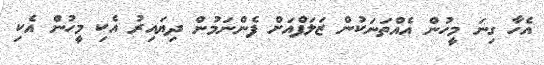
އެހާ ގިނަ މީހުން އެއްތަނަކުން ޒަލަފްއަށް ފެންނަމުން ދިޔައިރު އެކި މީހުން އެކި